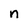
Character: n